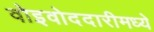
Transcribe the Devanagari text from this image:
वोइवोददारीमध्ये